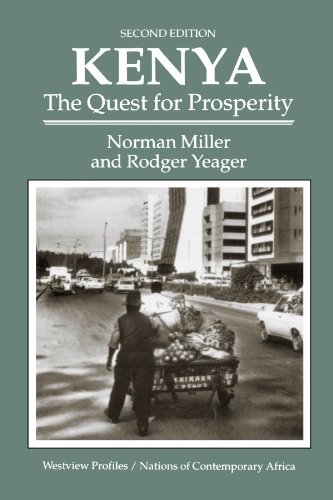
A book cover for Kenya: The Quest For Prosperity, Second Edition (Westview Profiles/Nations of Contemporary Africa); Norman Miller; History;